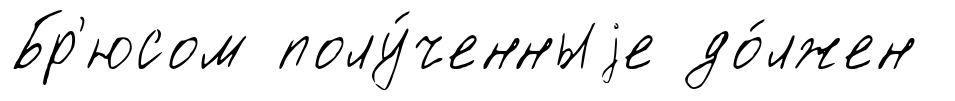
Бр'юсом полу́ченныjе до́лжен